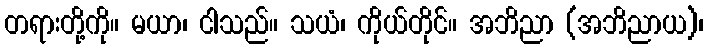
တရားတို့ကို။ မယာ၊ ငါသည်။ သယံ၊ ကိုယ်တိုင်။ အဘိညာ (အဘိညာယ)၊